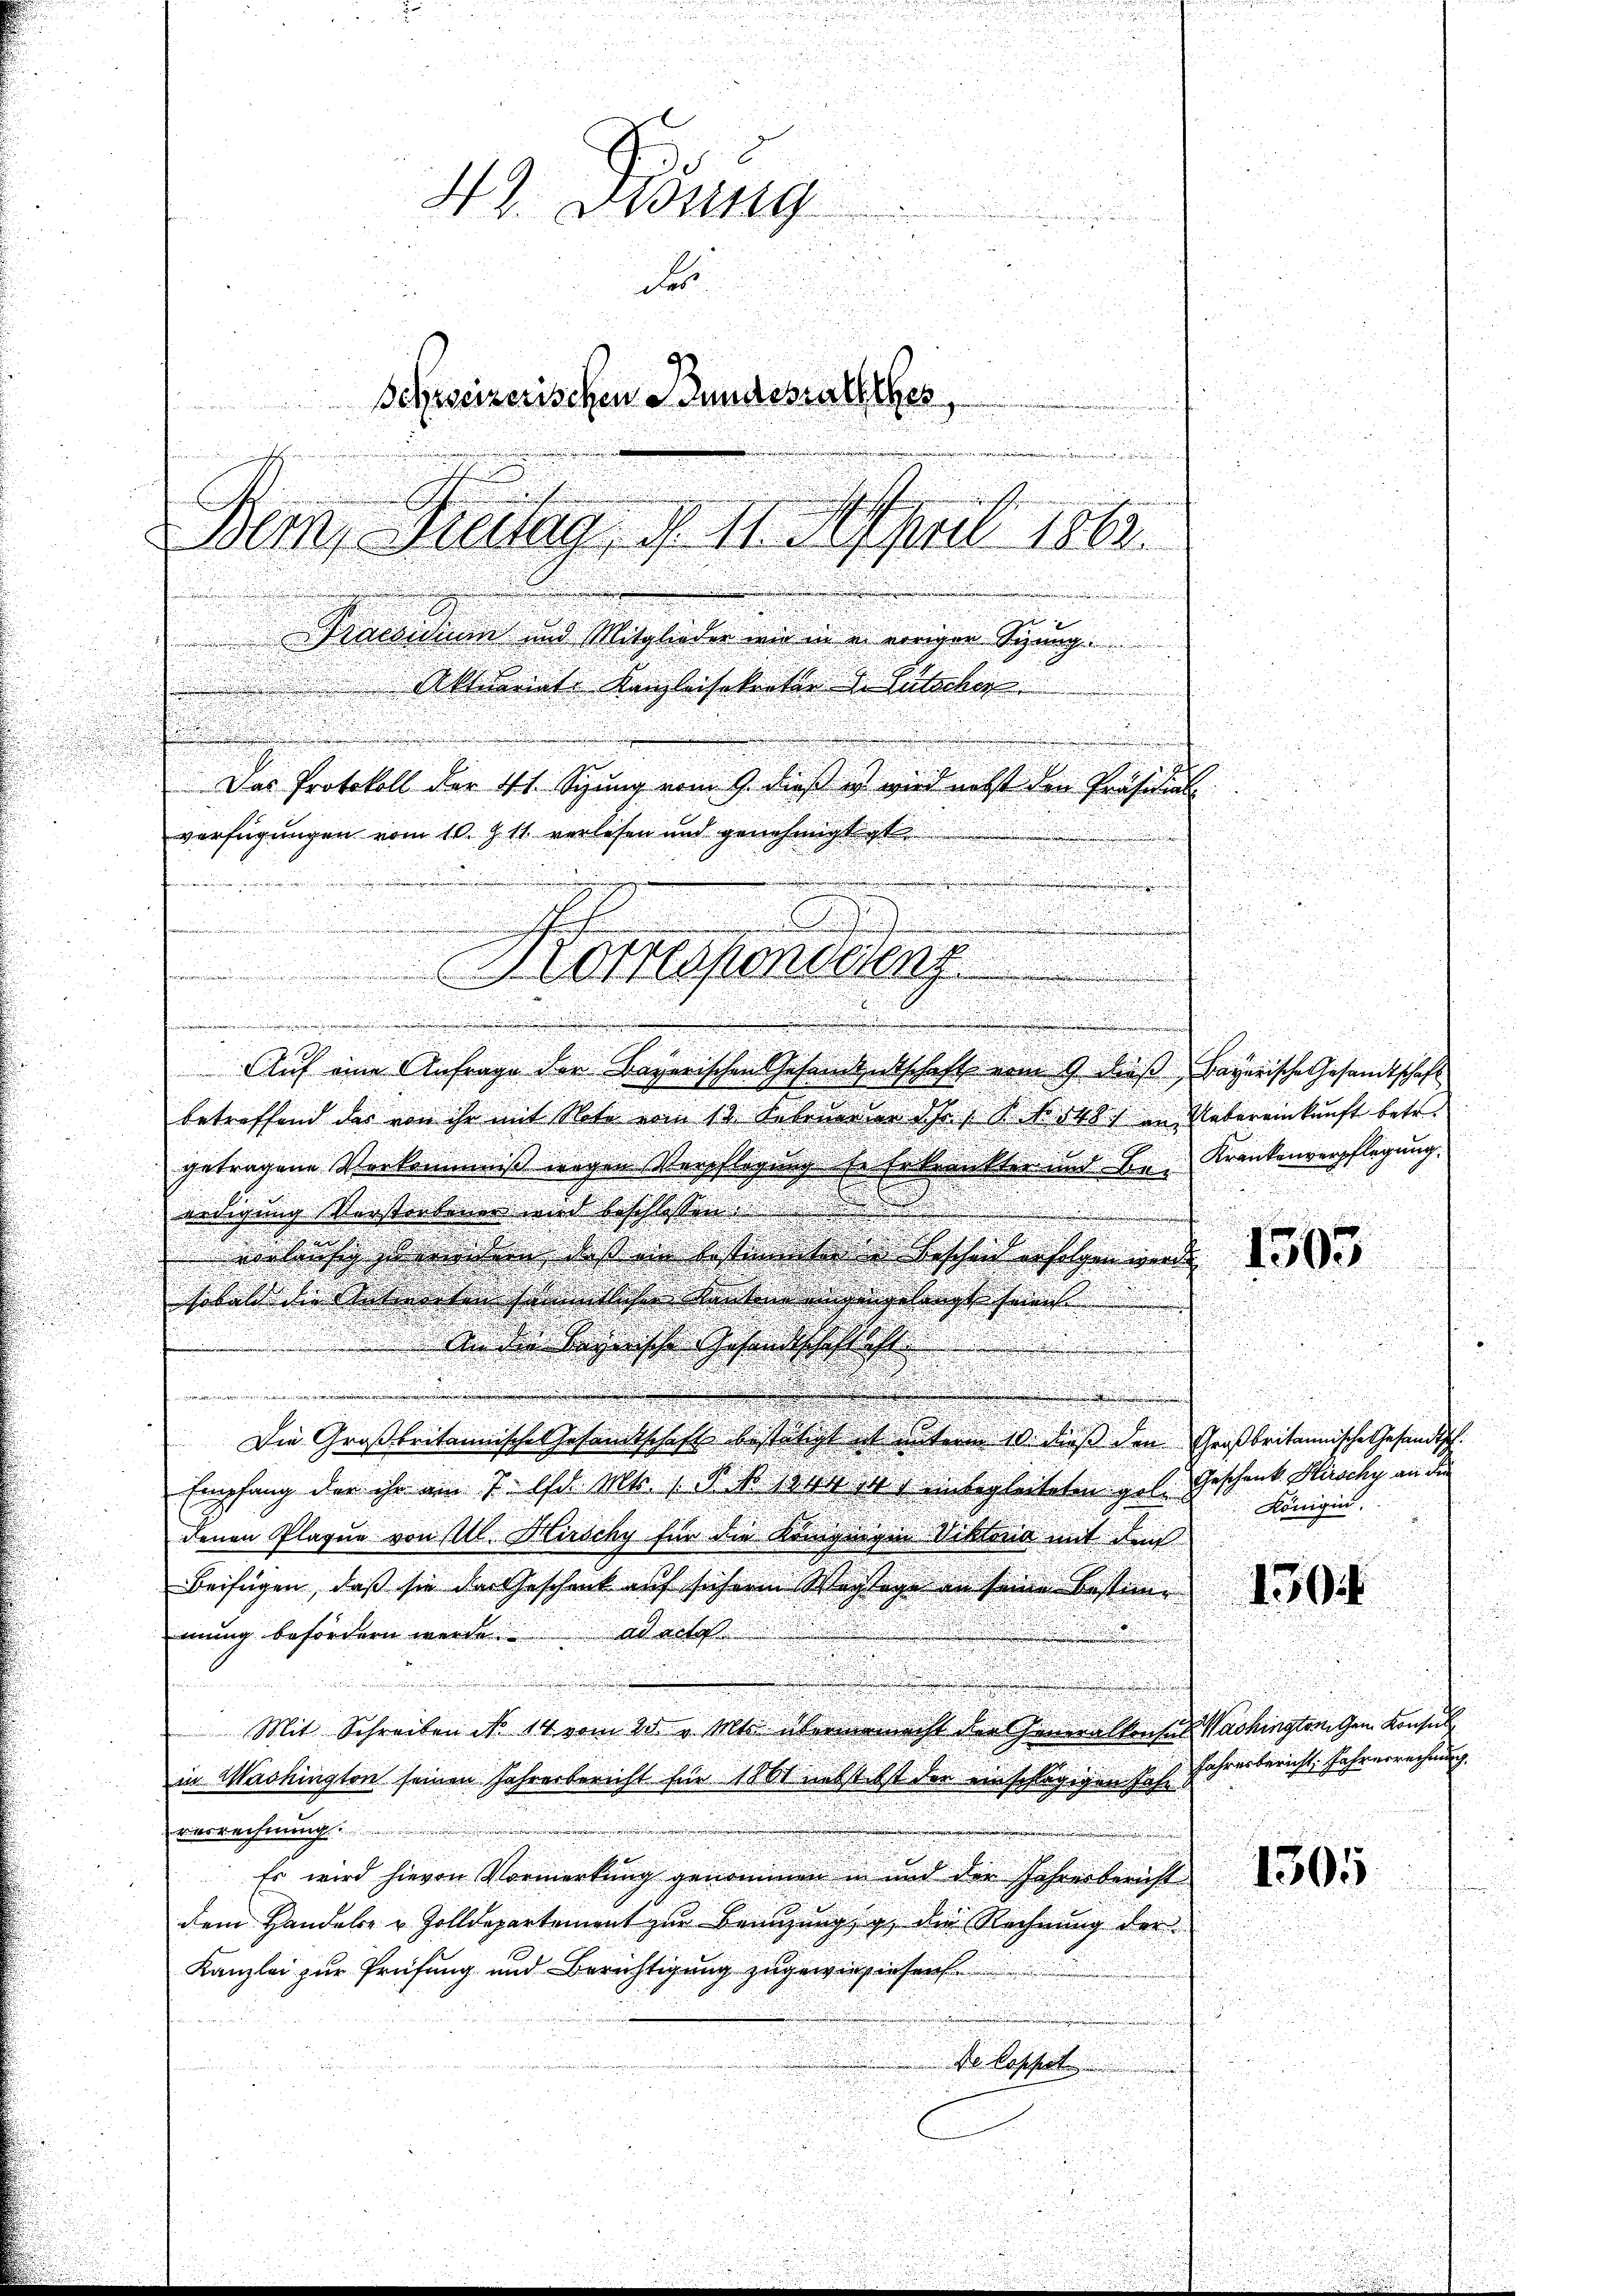
.

49. Disung
der
Schreizerischen Stundesrathes
n nich
S
.
Bein Neuig, d. 11. April 1802.
.
e

u
Praesidium und Mitglieder wir in er vorigen Syung.
Aktuariat Kanzleisekannte Gutschen
Das Protokoll der 41. Sigung vom 9. dieß es wird nebst den Präsidial
verfügungen vom 10. Z. 11. verlesen und genehmigt ist.

.
n
.
betreffend das von ihn mit Note vom 13. Lebenorar ds S. 1048. Uebereinkunft betr.
getragene Vorkommniß wegen Verpflegung in Erkrankten und Bei
nedigung verstorbener und beschlossen
.
d
u
 verlang deren bessen standen Tessin erschen und 185
sobald die betreten solche Lebeneigungelangt sein
.
Anden des Gesandtschlafte
.

Die Großbritannisches Gesandtschaft bestätigt est unterm 10. dieß den Großbritannische Gesandtsch
Empfang der ihr am 7. Ist mir, d. d. Mitten, inbegleiteten gol. Geschenk Hirschy an die

denen Plagen von Ill. Hirschy für die Königingen Viktoria mit den
beifügen, daß sie der Geschenk auf sicherm Nachlage an seine bestame
mung befördern werde. ad acta
.
.

Mit Schreiben No. 14 vom 25. v. Mts. übermamacht der Generalkonsul Washington Gen. Konsulin Washington seinen Jahresbericht für 1861 nebst ist der einschlägigen Jahr
verrechnung
Er wird hievon Vormerkung genommen in und der Jahrenbericht
dem Handeln & Zolldepartement zur Bengung g die Rechnung der
Kanzlei zur Prüfung und Berechtigung zugewiesenheit
Dr. Caschert

tirnerinne un

r
.
Corresponsang

e
.
n
Auf eine Anfrage der Bayerischen Gesandtschaft vom 9. dieß Bayerische Gesandtschaft

Krankenverpflegung.

Königin.

Jahresbericht Jahresrechnung. |